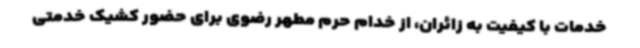
خدمات با کیفیت به زائران، از خدام حرم مطهر رضوی برای حضور کشیک خدمتی